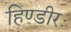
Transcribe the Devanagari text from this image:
हिण्डीरः